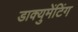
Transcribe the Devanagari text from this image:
डाक्युमेंटिंग